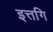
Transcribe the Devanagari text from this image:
इत्तगि